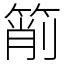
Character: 箾